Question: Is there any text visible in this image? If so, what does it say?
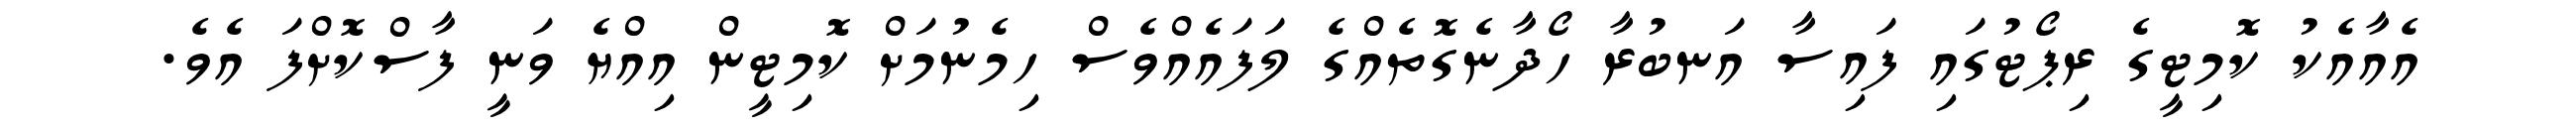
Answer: އެއާއެކު ކޮމިޓީގެ ރިޕޯޓުގައި ފައިސާ އަނބުރާ ހޯދާނެގޮތެއްގެ ލަފައެއްވެސް ހިމެނުމަށް ކޮމިޓީން އިއްޔެ ވަނީ ފާސްކޮށްފަ އެވެ.